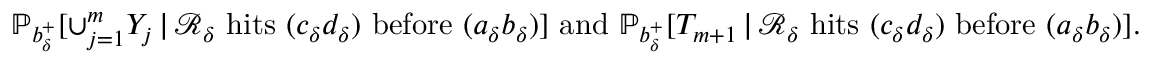
\mathbb { P } _ { b _ { \delta } ^ { + } } [ \cup _ { j = 1 } ^ { m } Y _ { j } \, | \, \mathcal { R } _ { \delta } \mathrm { ~ h i t s ~ } ( c _ { \delta } d _ { \delta } ) \mathrm { ~ b e f o r e ~ } ( a _ { \delta } b _ { \delta } ) ] \mathrm { ~ a n d ~ } \mathbb { P } _ { b _ { \delta } ^ { + } } [ T _ { m + 1 } \, | \, \mathcal { R } _ { \delta } \mathrm { ~ h i t s ~ } ( c _ { \delta } d _ { \delta } ) \mathrm { ~ b e f o r e ~ } ( a _ { \delta } b _ { \delta } ) ] .